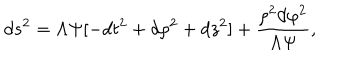
LaTeX: d s ^ { 2 } = \Lambda \Psi [ - d t ^ { 2 } + d \rho ^ { 2 } + d z ^ { 2 } ] + \frac { \rho ^ { 2 } d \varphi ^ { 2 } } { \Lambda \Psi } ,